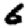
Digit: 6